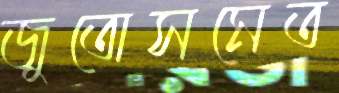
জুতোসমেত